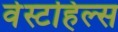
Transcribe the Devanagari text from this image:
वेस्टहिल्स